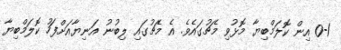
0-1 އިން ކޮލަމްބިޔާ މޮޅުވި މެޗުގައެވެ. އެ މެޗުގައި ލިބުނު އަނިޔާއަށްފަހު ކޮލަމްބިޔާ